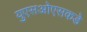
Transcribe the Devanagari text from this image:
युएसओएसकडे